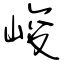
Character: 峻